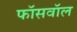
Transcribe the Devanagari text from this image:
फॉसवॉल